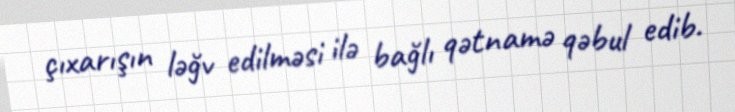
çıxarışın ləğv edilməsi ilə bağlı qətnamə qəbul edib.